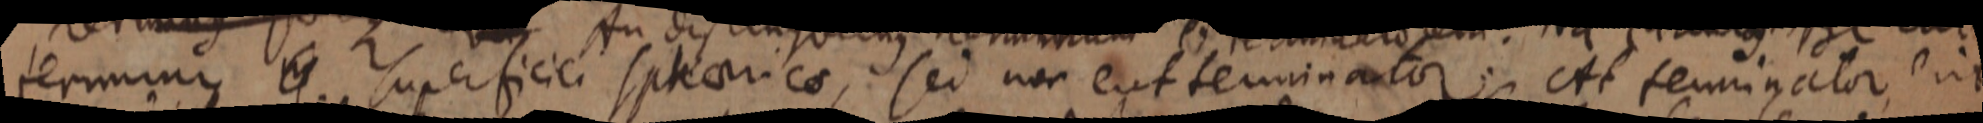
terminus in superficiei sphaerica, sed noc eut terminator: At terminator erit